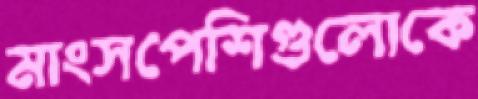
মাংসপেশিগুলোকে